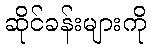
ဆိုင်ခန်းများကို